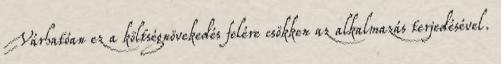
Várhatóan ez a költségnövekedés felére csökken az alkalmazás terjedésével.